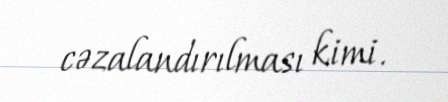
cəzalandırılması kimi.